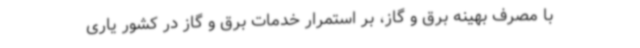
با مصرف بهینه برق و گاز، بر استمرار خدمات برق و گاز در کشور یاری